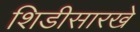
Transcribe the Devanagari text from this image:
शिडीसारखे